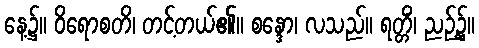
နေ့၌။ ဝိရောစတိ၊ တင့်တယ်၏။ စန္ဒော၊ လသည်။ ရတ္တိံ၊ ညဉ့်၌။